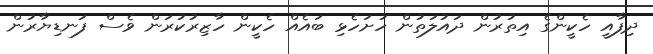
ދިފާއީ ހެކީންގެ އިތުރުން ދައުލަތުން ހުށަހެޅި ބައެއް ހެކީން ހާޒިރުކުރަން ވެސް ފަނޑިޔާރުން